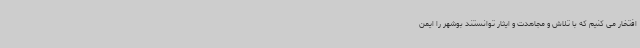
افتخار می کنیم که با تلاش و مجاهدت و ایثار توانستند بوشهر را ایمن